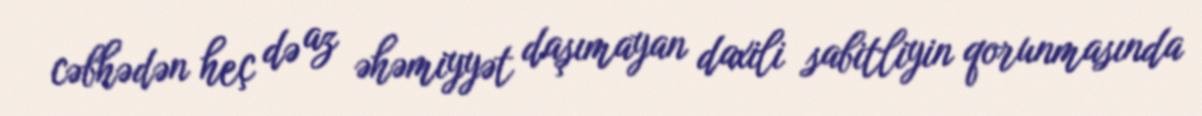
cəbhədən heç də az əhəmiyyət daşımayan daxili sabitliyin qorunmasında